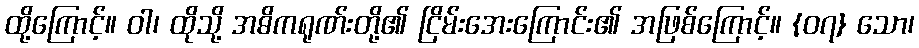
ထို့ကြောင့်။ ဝါ၊ ထိုသို့ အဓိကရုဏ်းတို့၏ ငြိမ်းအေးကြောင်း၏ အဖြစ်ကြောင့်။ {၀၇} သော၊